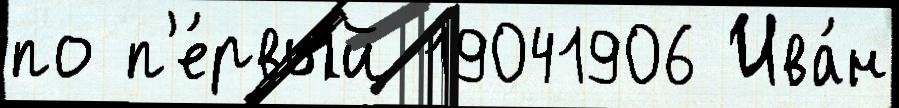
по п'е́рвый 19041906 Ива́н